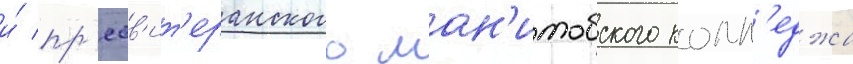
и́ пр'есв'ит'еранского ман'итобского колл'еджа